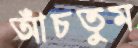
আঁচতুম